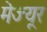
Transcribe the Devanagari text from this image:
मेज्यूर